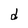
Character: d